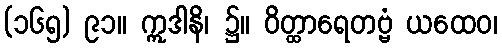
(၁၆၅) ၉၁။ ဣဒါနိ၊ ၌။ ဝိတ္ထာရေတဗ္ဗံ ယထေဝ၊